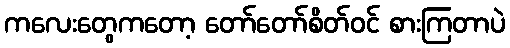
ကလေးတွေကတော့ တော်တော်စိတ်ဝင် စားကြတာပဲ